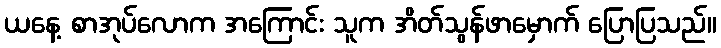
ယနေ့ စာအုပ်လောက အကြောင်း သူက အိတ်သွန်ဖာမှောက် ပြောပြသည်။